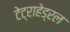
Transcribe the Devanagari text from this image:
टेट्राहेड्रल